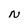
Character: N